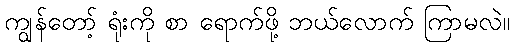
ကျွန်တော့် ရုံးကို စာ ရောက်ဖို့ ဘယ်လောက် ကြာမလဲ။